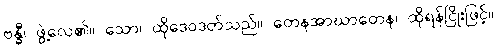
ဗန္ဓီ၊ ဖွဲ့လေ၏။ သော၊ ထိုဒေဝဒတ်သည်။ တေနအာဃာတေန၊ ထိုရန်ငြိုးဖြင့်။